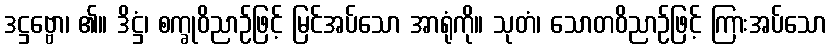
ဒဋ္ဌဗ္ဗော၊ ၏။ ဒိဋ္ဌံ၊ စက္ခုဝိညာဉ်ဖြင့် မြင်အပ်သော အာရုံကို။ သုတံ၊ သောတဝိညာဉ်ဖြင့် ကြားအပ်သော